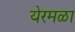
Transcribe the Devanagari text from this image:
येरमळा